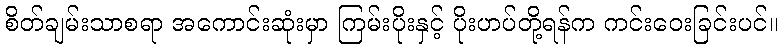
စိတ်ချမ်းသာစရာ အကောင်းဆုံးမှာ ကြမ်းပိုးနှင့် ပိုးဟပ်တို့ရန်က ကင်းဝေးခြင်းပင်။